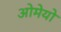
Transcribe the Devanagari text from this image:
ओमेयो